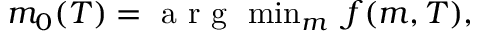
\begin{array} { r } { m _ { 0 } ( T ) = \mathrm { ~ a ~ r ~ g ~ } \, \operatorname* { m i n } _ { m } \ f ( m , T ) , } \end{array}